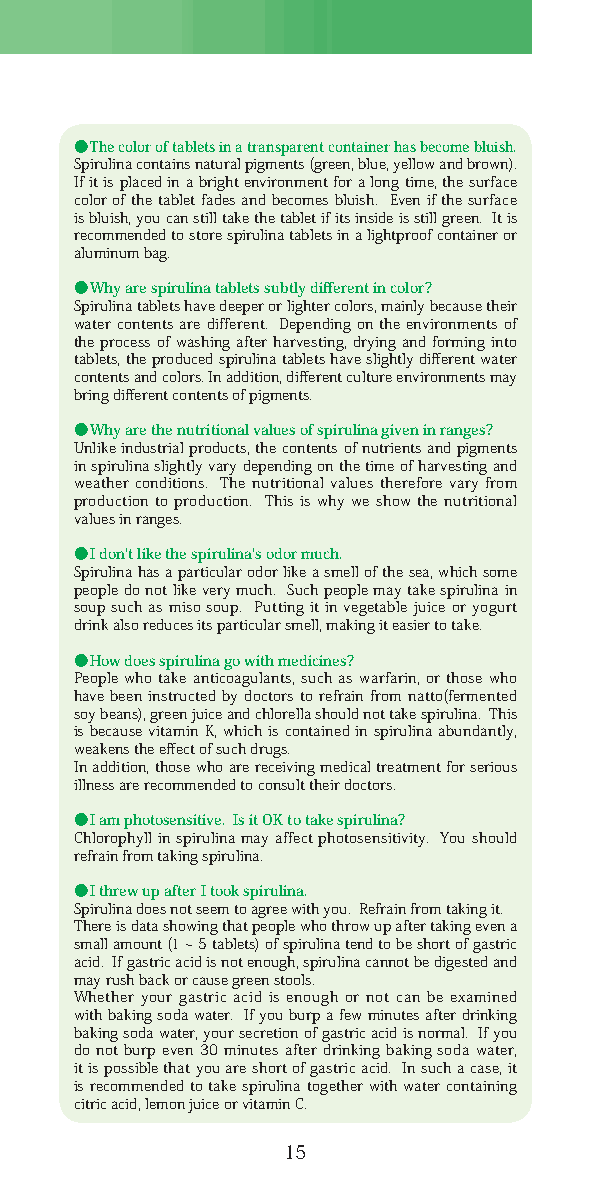
●The color of tablets in a transparent container has become bluish.
 Spirulina contains natural pigments (green, blue, yellow and brown).
 If it is placed in a bright environment for a long time, the surface
 color of the tablet fades and becomes bluish. Even if the surface
 is bluish, you can still take the tablet if its inside is still green. It is
 recommended to store spirulina tablets in a lightproof container or
 aluminum bag.
 ●Why are spirulina tablets subtly different in color?
 Spirulina tablets have deeper or lighter colors, mainly because their
 water contents are different. Depending on the environments of
 the process of washing after harvesting, drying and forming into
 tablets, the produced spirulina tablets have slightly different water
 contents and colors. In addition, different culture environments may
 bring different contents of pigments.
 ●Why are the nutritional values of spirulina given in ranges?
 Unlike industrial products, the contents of nutrients and pigments
 in spirulina slightly vary depending on the time of harvesting and
 weather conditions. The nutritional values therefore vary from
 production to production. This is why we show the nutritional
 values in ranges.
 ●I don't like the spirulina's odor much.
 Spirulina has a particular odor like a smell of the sea, which some
 people do not like very much. Such people may take spirulina in
 soup such as miso soup. Putting it in vegetable juice or yogurt
 drink also reduces its particular smell, making it easier to take.
 ●How does spirulina go with medicines?
 People who take anticoagulants, such as warfarin, or those who
 have been instructed by doctors to refrain from natto(fermented
 soy beans), green juice and chlorella should not take spirulina. This
 is because vitamin K, which is contained in spirulina abundantly,
 weakens the effect of such drugs.
 In addition, those who are receiving medical treatment for serious
 illness are recommended to consult their doctors.
 ●I am photosensitive. Is it OK to take spirulina?
 Chlorophyll in spirulina may affect photosensitivity. You should
 refrain from taking spirulina.
 ●I threw up after I took spirulina.
 Spirulina does not seem to agree with you. Refrain from taking it.
 There is data showing that people who throw up after taking even a
 small amount (1 ~ 5 tablets) of spirulina tend to be short of gastric
 acid. If gastric acid is not enough, spirulina cannot be digested and
 may rush back or cause green stools.
 Whether your gastric acid is enough or not can be examined
 with baking soda water. If you burp a few minutes after drinking
 baking soda water, your secretion of gastric acid is normal. If you
 do not burp even 30 minutes after drinking baking soda water,
 it is possible that you are short of gastric acid. In such a case, it
 is recommended to take spirulina together with water containing
 citric acid, lemon juice or vitamin C.
 15